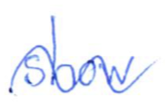
Text: show
Cross-out: wave
Writing tool: ballpoint